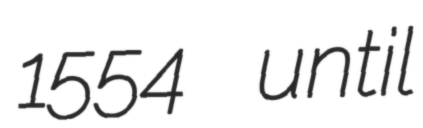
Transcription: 1554 until